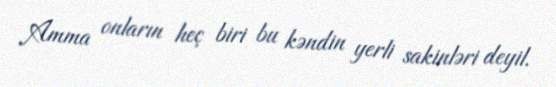
Amma onların heç biri bu kəndin yerli sakinləri deyil.